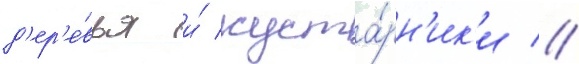
д'ер'е́вья и́ куста́рн'ик'и //